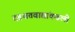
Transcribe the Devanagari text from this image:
दहशतवाद्यांकडली